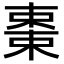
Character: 𬃷